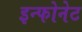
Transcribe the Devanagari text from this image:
इन्फोनेट